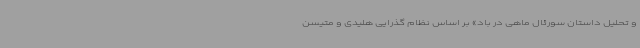
و تحلیل داستان سورئال ماهی در باد» بر اساس نظام‌ گذرایی هلیدی و متیسن